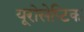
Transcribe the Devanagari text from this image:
यूरोसेप्टिक